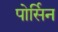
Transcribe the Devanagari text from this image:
पोर्सिन